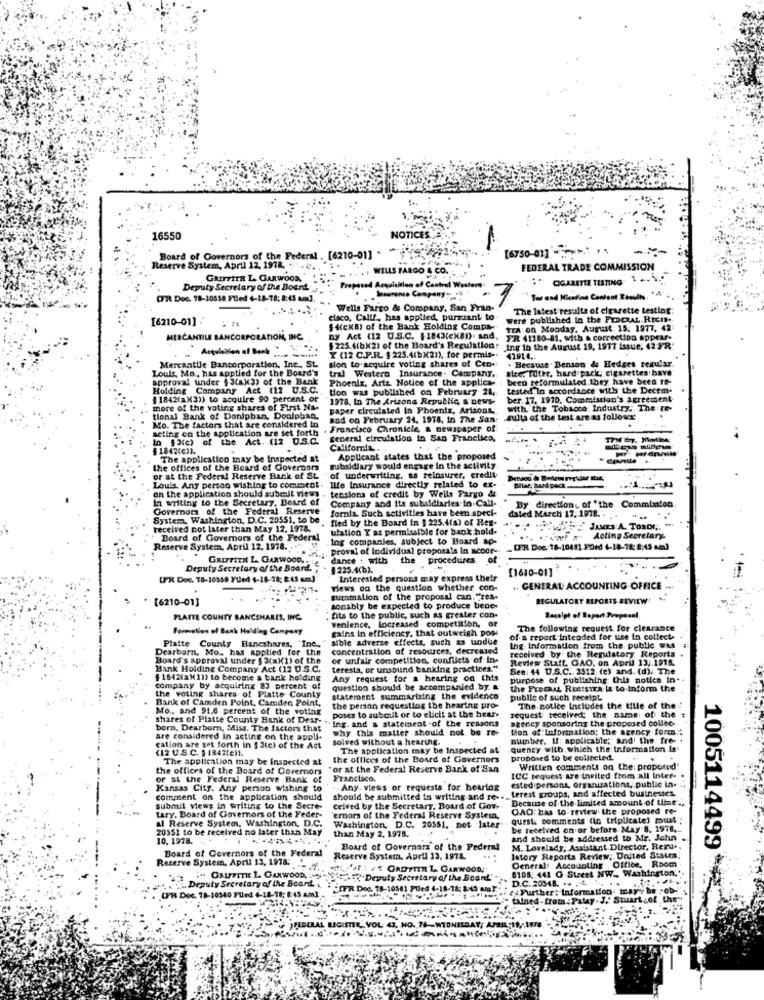
16550
NOTI
[6750-01] *****
Board of Governors of the Federal . [6210-01] "
Reserve System, April 12, 1978. ..
. WELLS FARGO & CO.
FEDERAL TRADE COMMISSION
GRIFFITH L GARWOOR,
#" CIGARETTE TESTING"
Deputy Secretary of the Board
Proposed Acquisition of Central Wastam.
CPR Doc. 78-10518 Filed +-18-78: 8:45 am].
Insurance Company :;
Tie and Nietine Content Results"
Company, San
The latest results of cigarette testing:
[6210-01].
elaco, Callf ., has applied, pursuant' to
were published In the PICAL.Rtcn-
{ {(ckB) of the Bank Holding Compa-
TEA on Monday, August: 15. 1977, 42
MERCANTILE BANCORPORATION, IN
ny Act (12 U.S.C. $18<3(exano). and. FR 41180-81, with a correction appear-
FR 41180-81. with a correction appear-
Acquisition of Bank
$225.4(b)2) of the Board's Regulation:
Ing in the August 19, 1977 Issue, 42 FR'
Y (12 C.P.R. $ 225.4(bx21), for permis -.
41914 ..
. Because. Benson & Hedges regular.
Louis, Mo ., has applied for the Board's
Mercantile Bancorporation, Inc ., St.
sion to acquire voting shares of Cen-
tral Western Insurance. Company.
ster, Tuter, hard pack; cigarettes have
approval under $ 3lax3) of the Bank
Phoenix, Artz. Notice of the applica-
been reformulated.they have been Ie-
Holding Company Act (12 U.S.C.
tion was published on February 24,
tested In accordance with the Decem-
4 1842(a)3)) to acquire 90 percent or
1978, In The Arizona Republic & news-
ber. 17. 1910, Commission's agreement
more of the voting shares of First Na-
paper circulated in Phoenix, Arizona,
with the Tobacco: Industry .. The IG-
tional Bank of Doniphan, Doplphan,
sod on February 24. 1978, in The San:
suits of the test are as follows'
acting on the application are set forth
Mo. The factors that are considered in
Francisco Chronicle, & newspaper of
In $3(e) of the Act. (12 0.S.C.
general circulation in San Franclico,
1842(e)1.
California ..
The application tnay be inspected at
Applicant states that the proposed
the offices of the Board of Governors
subsidiary would engage in the activity
or at the Federal Reserve Bank of St.
of underwriting. as reinsurer, credit
on the application should submit views .
Louis. Any person wishing to comment . life Insurance directly related to ex-
tensions of credit by Wells Fargo &
In writing to the Secretary, Board of
Company and its subsidiaries in.Call-
Governor of the Federal Reserve-
fornia. Such activities have been speci-
daled March 17, 1978 ..
By direction. of "the Commission
System, Washington, D.C. 20551, to be
fled by the Board in §225.4(a) of Res-
received not later than May 12, 1978.
ulation Y as permissible for bank hold.
JAMES A. TORDI ;.
-
Board of Governors of the Federal
Ing companies, subject to Board sp-
Acting Secretary-
Reserve System, April 12, 1978 ..
proval of individual proposals In scoor-
_[FR Dos: 18-10481 FD+d +-18-78: 2:45 am)
GRIFFITH L. GARWOOD ..
dance : with
procedures.
Deputy Secretary of the Board.
225.4(b).
[1610-01]
[PR Doc. 78-10559 FLed 4-18-18; 8:45 am]'
Interested persons may express their
views on the question whether con-
. GENERAL ACCOUNTING OFFICE
[6210-01]
suenmation of the proposal can.""rea-
REGULATORY REPORTS ATVIEW'
sonably be expected to produce bene-
PLATTE COUNTY BANCSHARES, INC.
" fits to the public, such as greater con-
venience, Locreased competition, or
Receipt of Ropert Propesnl.
Formation of Bank Holding Company
gains in efficiency, that outweigh pose
The following request for clearance
Platte County Bancshares, Inc .,
sible adverse effects, such as undue
of a report Intended for use in collect-
Dearborn, Mo ., has applied for the
concentration of resources, decreased
Ing Information from the public WAS
received by the Regulatory Reports
Board's approval under $ 3(ax1) of the
or unfair competition, conflicts of In-
Review Staff. GAO, on April 13J.1918.
Bank Holding Company Act (12 D.S.C.
teresta, or unsound banking practices."
See: 44 U.S.C. 3512: (e) and. (d). The
#1842(a)11) to become a bank holding
Any request for a hearing on this
purpose of publishing this notice. In ..
company by acquiring 83 percent of
question should be accompanied by.
the FrecRAL RestsIra is to inform the
the voting shares of Platte County
Bank of Camden Point, Camden Point,
statement summarizing the evidence
public of such receipt.
Mo ., and 91.6 percent of the voting
the person requestlog the hearing pro-
poses to submit or to elicit at the hear.
The notice Includes the title of the
shares of Platte County Bank of Dear-
ageney sponsoring the proposed collec-
request received; the name of the #
born, Dearborn, Miss. The factors that
"Ing. and a statement -of the reasons
why this matter should not be re-
tion of information; the agency forca
are considered in acting on the appli-
solved without a hearing.
number. If: applicable; and' the fre- .
(12 U.S.C. 3 1842(e)).
cation are set forth in § 3(c) of the Act
The application may be Inspected at
quency with, which the information is
The application may be Inspected at
the offices of the Board of Governors
proposed to be collected.
the offices of the Board of Governors
"or at the Federal Reserve Bank of'San
Written comments on (he: proposed"
or at the Federal Reserve Bank of
Francisco.
ICC.request are invited from all Inter-
Kansas City. Any person wishing to
Any. views or requests for hearing
terest groups, and affected businesses.
estedipersona, organizations, public in ...
comment on the application should
should be submitted in writing and re -..
Because of the limited amount of tline ...
submit views in writing to the Secre-
tary. Board of Governors of the Feder-
celved by the Secretary, Board of Gov.
GAO: bas to review. the proposed re-
al Reserve System, Washington, D.C.
'emors of the Federal Reserve System,
quest. comments (to triplicate) must":
20351 to be received no later than May
than May 2, 1978.
Washington, D.C. 20551. not later
be received on or before May 8, 1978 ...
10. 1978.
and should be addressed to Mr. John
Board of Governors of the Federal
Board of Governors of the Federal
M. Lovelady; Assistant Director, Rexu.
Reserve System, April 13, 1978.
General Accounting , Office, Room
Istory Reports Review; United States.
Reserve System, April 13, 1978: -
L' ! / ORDYITE L. GARWOOD!"
6105, 441 G Street NW .. Washington,
"" GALFFITH I. GARWOOD, 'S
""""Deputy Secretary of the Board'
D.C. 20348. .. ....
1005114499 **
Deputy Secretary of the Board
*SOFR Doc. 78-10561 Puled 4-18-18; 8:45 am]'
i . Further: Information. tra
CPR DOC 78-10540 FUed 6-18-18; 8:45 am]
talned-from: Pate
J. Stuurt
REBELAL REGISTER, VOL 43, NO. 76 -WEDNESDAY, APRIL-19 ,: 1978.